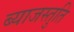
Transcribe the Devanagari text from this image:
ब्याजस्तुति